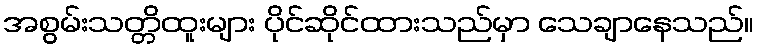
အစွမ်းသတ္တိထူးများ ပိုင်ဆိုင်ထားသည်မှာ သေချာနေသည်။